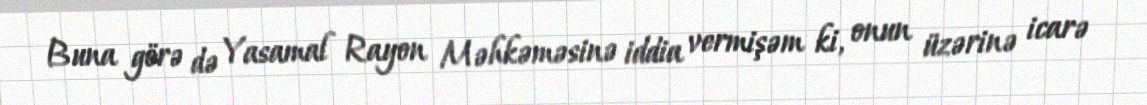
Buna görə də Yasamal Rayon Məhkəməsinə iddia vermişəm ki, onun üzərinə icarə